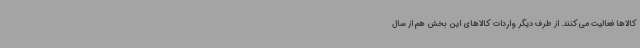
کالاها فعالیت می‌کنند. از طرف دیگر واردات کالاهای این بخش هم از سال